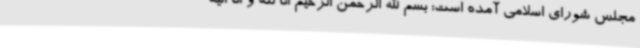
مجلس شورای اسلامی آمده است: بسم الله الرحمن الرحیم انا لله و انا الیه